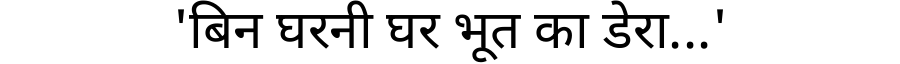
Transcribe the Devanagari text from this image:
'बिन घरनी घर भूत का डेरा...'